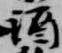
酒